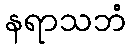
နရာသဘံ